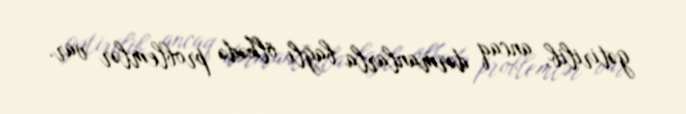
gətirilib, ancaq dərmanlarla bağlı ölkədə problemlər var.